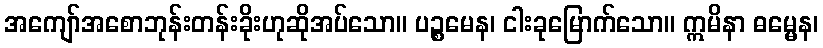
အကျော်အစောဘုန်းတန်းခိုးဟုဆိုအပ်သော။ ပဉ္စမေန၊ ငါးခုမြောက်သော။ ဣမိနာ ဓမ္မေန၊